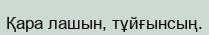
Қара лашын, тұйғынсың.